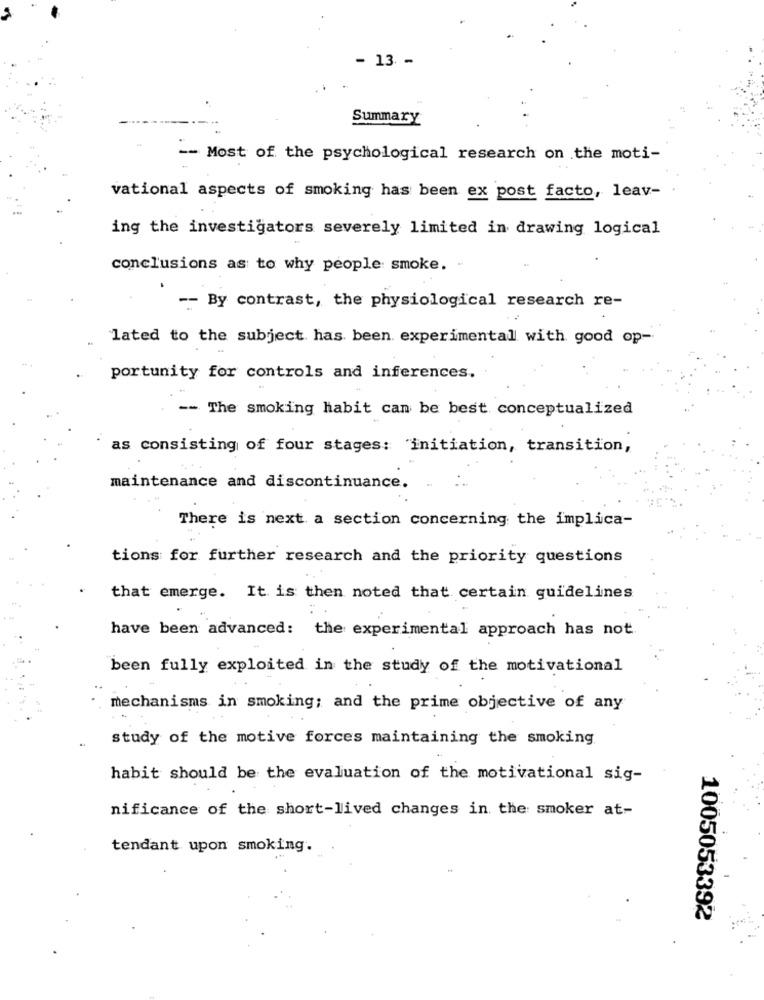
- 13 -
Summary
-- Most of the psychological research on the moti-
vational aspects of smoking has been ex post facto, leav-
ing the investigators severely limited in drawing logical
conclusions as to why people smoke. -
-- By contrast, the physiological research re-
lated to the subject has been experimental with good op-
portunity for controls and inferences.
-- The smoking habit can be best conceptualized
as consisting of four stages: "initiation, transition,
maintenance and discontinuance.
There is next a section concerning the implica-
tions for further research and the priority questions
that emerge. It is then noted that certain guidelines
have been advanced: the experimental approach has not
been fully exploited in the study of the motivational
mechanisms in smoking; and the prime objective of any
study of the motive forces maintaining the smoking
habit should be the evaluation of the motivational sig-
nificance of the short-lived changes in the smoker at-
tendant upon smoking.
1005053392